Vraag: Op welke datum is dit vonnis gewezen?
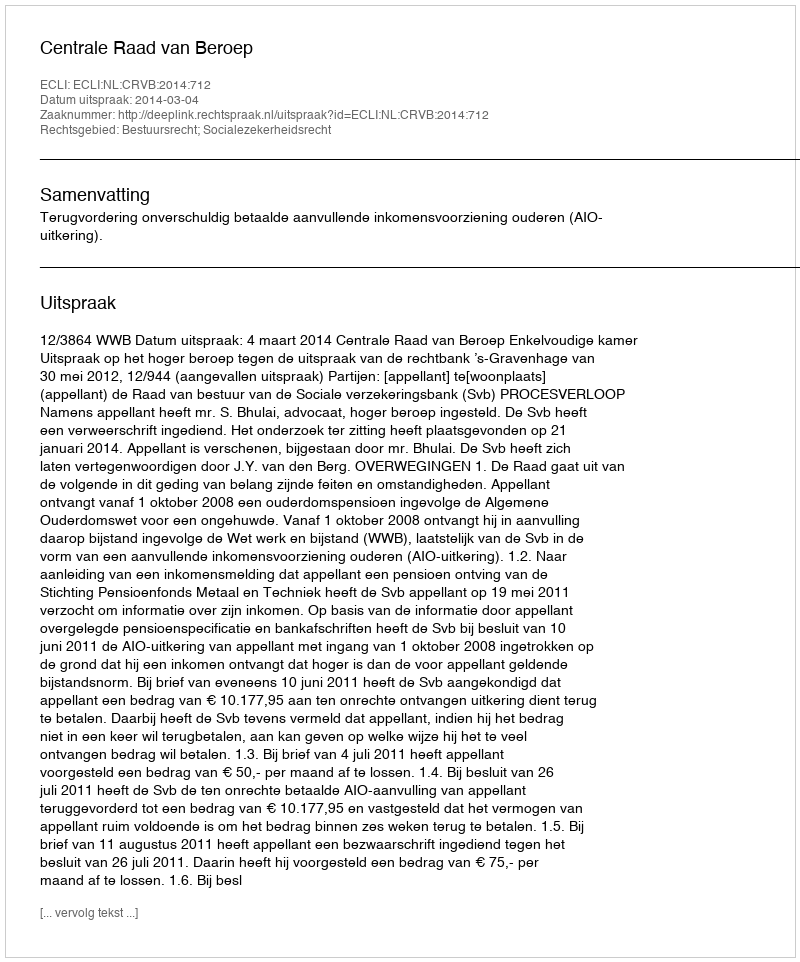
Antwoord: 2014-03-04